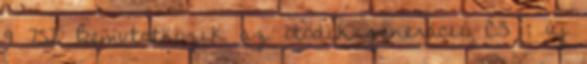
9 752 Bemutatkozik az ötödik generáció C5 ; új